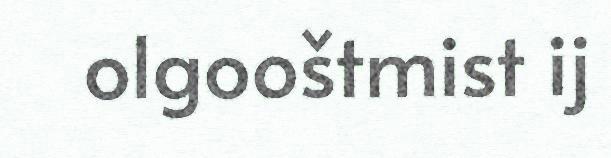
olgooštmist ij